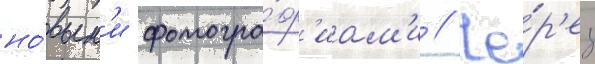
но́вым'и фотогра́ф'иам'и // Че́р'ез